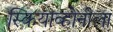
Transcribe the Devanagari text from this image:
स्कियाव्होनीला